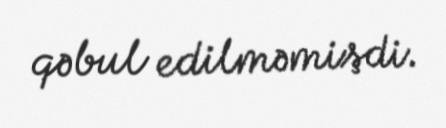
qəbul edilməmişdi.